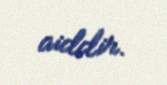
aiddir.